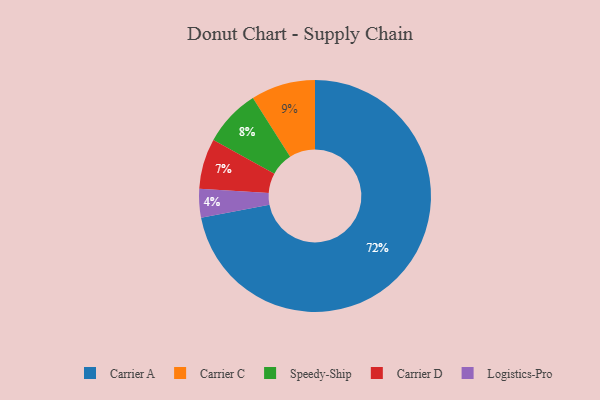
{"axis": {"x": "Category", "y": "Percentage"}, "legend": ["Carrier A", "Carrier C", "Carrier D", "Logistics-Pro", "Speedy-Ship"], "data": [{"x": "Logistics-Pro", "y": 4, "type": "Logistics-Pro"}, {"x": "Carrier A", "y": 72, "type": "Carrier A"}, {"x": "Carrier C", "y": 9, "type": "Carrier C"}, {"x": "Carrier D", "y": 7, "type": "Carrier D"}, {"x": "Speedy-Ship", "y": 8, "type": "Speedy-Ship"}]}